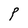
Character: P